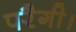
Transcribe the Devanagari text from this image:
परैगी।